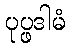
ပုပ္ဖဒါမံ